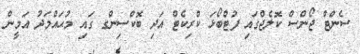
ސެންޓް ޖޯންސް ކޮލެޖްގައި ފުޓްބޯޅަ ކްރިކެޓް އަދި ބޮކްސިންގ ގައި މުޙައްމަދު އަމީން